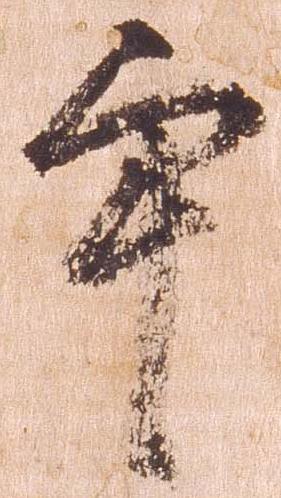
畢